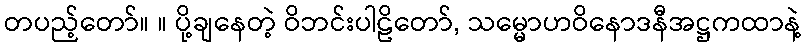
တပည့်တော်။ ။ ပို့ချနေတဲ့ ဝိဘင်းပါဠိတော်, သမ္မောဟဝိနောဒနီအဋ္ဌကထာနဲ့